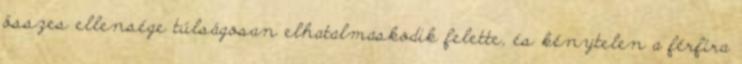
összes ellensége túlságosan elhatalmaskodik felette, és kénytelen a férfira